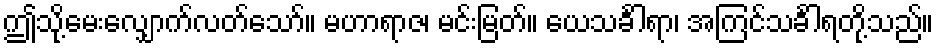
ဤသို့မေးလျှောက်လတ်သော်။ မဟာရာဇ၊ မင်းမြတ်။ ယေသင်္ခါရာ၊ အကြင်သင်္ခါရတို့သည်။